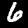
Digit: 6